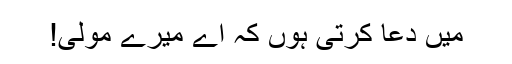
میں دعا کرتی ہوں کہ اے میرے مولیٰ!